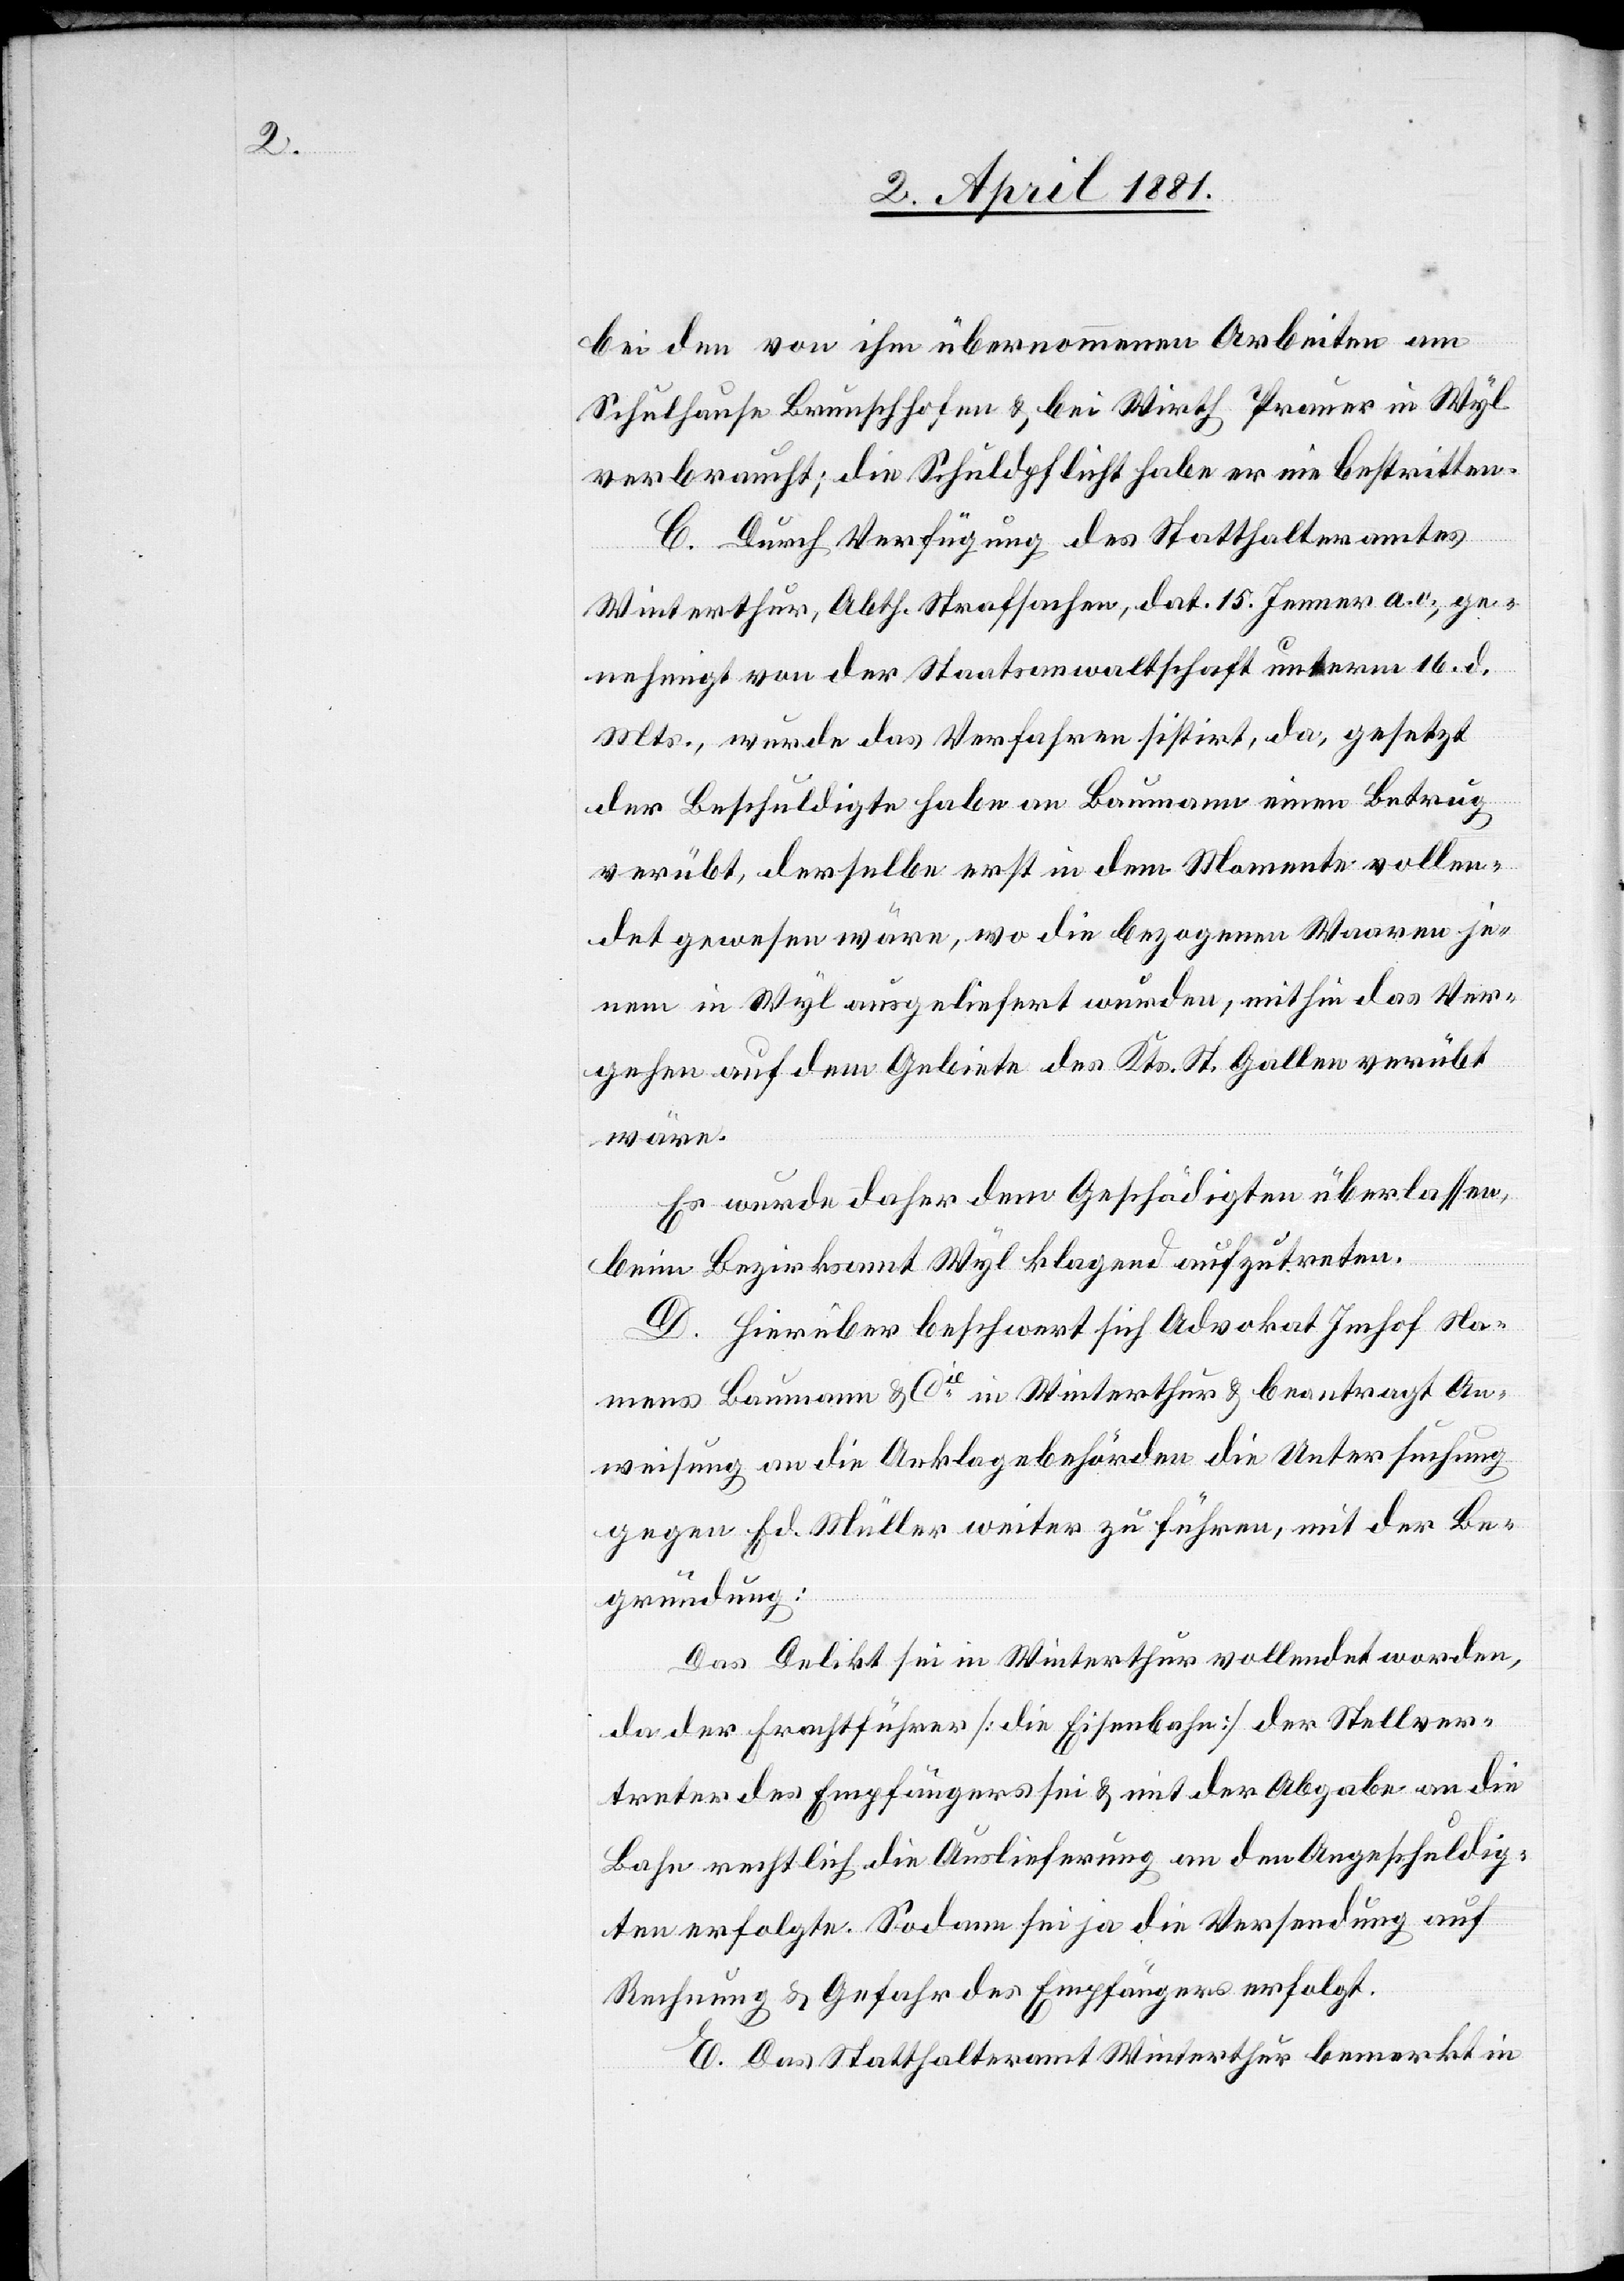
bei den von ihm übernommenen Arbeiten am
Schulhause Brunschhofen & bei Wirth Prauer in Wyl
verbraucht; die Schuldpflicht habe er nie bestritten.
C. Durch Verfügung des Statthalteramtes
Winterthur, Abth. Strafsachen, dat. 15. Jenner a. o., ge¬
nehmigt von der Staatsanwaltschaft unterm 16. d.
Mts., wurde das Verfahren sistirt, da, gesetzt
der Beschuldigte habe an Baumann einen Betrug
verübt, derselbe erst in dem Momente vollen¬
det gewesen wäre, wo die bezogenen Waaren je¬
nem in Wyl ausgeliefert wurden, mithin das Ver¬
gehen auch dem Gebiete des Kts. St. Gallen verübt
wäre.
Es wurde daher dem Geschädigten überlassen,
beim Bezirksamt Wyl klagend aufzutreten.
D. Hierüber beschwert sich Advokat Imhof Na¬
mens Baumann & Cie in Winterthur & beantragt An¬
weisung an die Anklagebehörden die Untersuchung
gegen Ed. Müller weiter zu führen, mit der Be¬
gründung:
Das Delikt sei in Winterthur vollendet worden,
da der Frachtführer [die Eisenbahn] der Stellver¬
treter des Empfängers sei & mit der Abgabe an die
Bahn rechtlich die Auslieferung an den Angeschuldig¬
ten erfolgte. Sodann sei ja die Versendung auf
Rechnung & Gefahr des Empfängers erfolgt.
E. Das Statthalteramt Winterthur bemerkt in